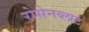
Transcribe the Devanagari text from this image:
रोसेनब्लाट